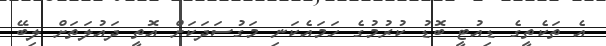
އެ ތަކެތީގެ ޑިއުޓީ ބޮޑު ކުރުމުގެ ހަމައެކަނި މަގުސަދަކަށް އޮތީ ދައުލަތަށް ލިބޭ